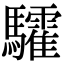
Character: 𩧏